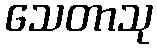
သေတာသု